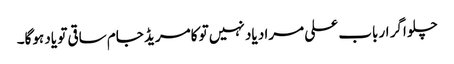
چلو اگر ارباب علی مراد یاد نہیں تو کامریڈ جام ساقی تو یاد ہوگا۔